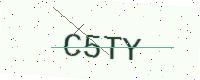
Text: C5TY